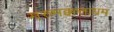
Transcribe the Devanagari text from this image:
मरुमक्कत्तायम